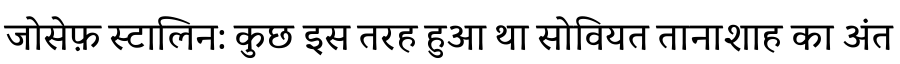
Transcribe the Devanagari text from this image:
जोसेफ़ स्टालिन: कुछ इस तरह हुआ था सोवियत तानाशाह का अंत